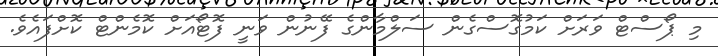
މި ޕޯސްޓް ވަރަށް ކަމުގޮސްގެން ސަލްމާންގެ ފޭނުން ވަނީ ފޮޓޯއަށް ކޮމެންޓް ކޮށްފައެވެ.